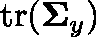
\operatorname { t r } ( \mathbf { \Sigma } _ { y } )